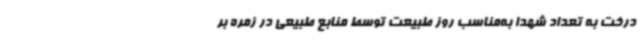
درخت به تعداد شهدا به‌مناسب روز طبیعت توسط منابع طبیعی در زمره بر